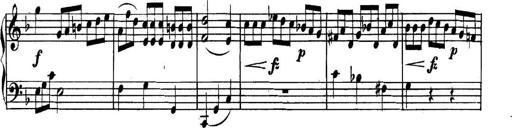
Title: Collected Piano Sonatas
Composer: Muzio Clementi